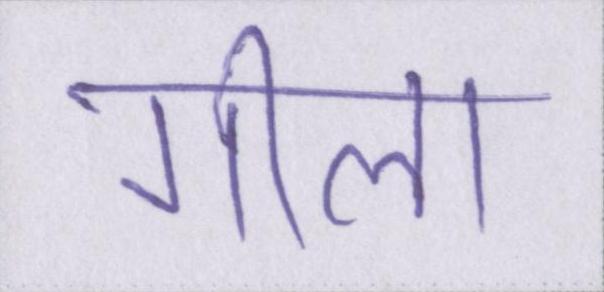
गीला